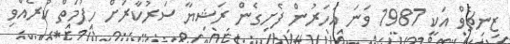
ޒިނިޗެވް އަކީ 1987 ވަނަ އަހަރުން ފެށިގެން ރަޝިޔާ ސަރުކާރަށް ހިފުމަތް ކުރެއްވި